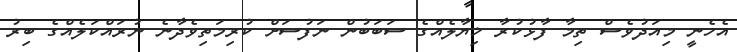
އެހެނީ މިއަދުވެސް ތިމާ ފާޅުކުރާ ޚިޔާލެއްގެ ސަބަބުން ނަފުސަށް ކުރިމަތިވެދާނެ ނުރައްކަލެއްގެ ބިރު